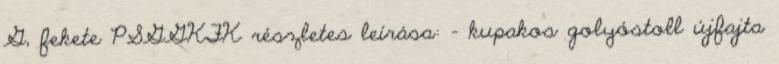
G, fekete PSGGKFK részletes leírása: - kupakos golyóstoll újfajta